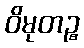
ဝိမုတဉ္စ